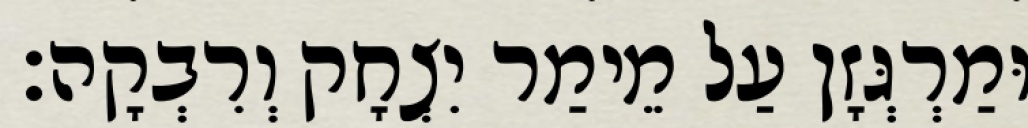
וּמַרְגְּזָן עַל מֵימַר יִצְחָק וְרִבְקָה׃